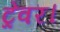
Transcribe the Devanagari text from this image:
ट्रेवर।